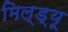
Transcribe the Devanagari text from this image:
मिल्ड्यू